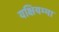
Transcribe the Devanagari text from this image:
यक्षियम्मा